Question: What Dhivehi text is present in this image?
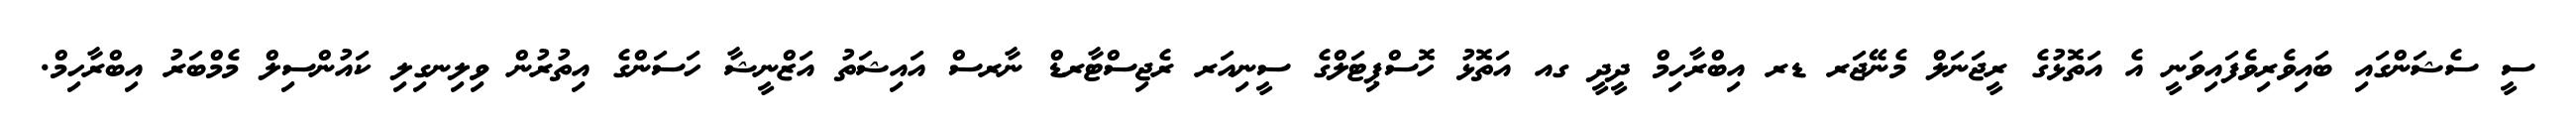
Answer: ސީ ސެޝަންގައި ބައިވެރިވެފައިވަނީ އެ އަތޮޅުގެ ރީޖަނަލް މެނޭޖަރ ޑރ އިބްރާހިމް ދީދީ ގއ އަތޮޅު ހޮސްޕިޓަލްގެ ސީނިއަރ ރެޖިސްޓާރޑް ނާރސް އައިޝަތު އަޒްނީޝާ ހަސަންގެ އިތުރުން ވިލިނގިލި ކައުންސިލް މެމްބަރު އިބްރާހިމް.